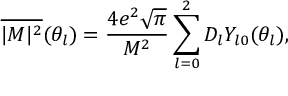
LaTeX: \overline { { { \vert M \vert ^ { 2 } } } } ( \theta _ { l } ) = { \frac { 4 e ^ { 2 } \sqrt { \pi } } { M ^ { 2 } } } \sum _ { l = 0 } ^ { 2 } D _ { l } Y _ { l 0 } ( \theta _ { l } ) ,